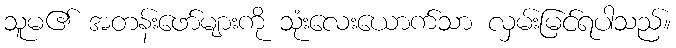
သူမ၏ အတန်းဖော်များကို သုံးလေးယောက်သာ လှမ်းမြင်ရပါသည်။